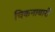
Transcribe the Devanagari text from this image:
चिकनाबारी